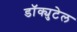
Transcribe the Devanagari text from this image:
डॉक्युटेल